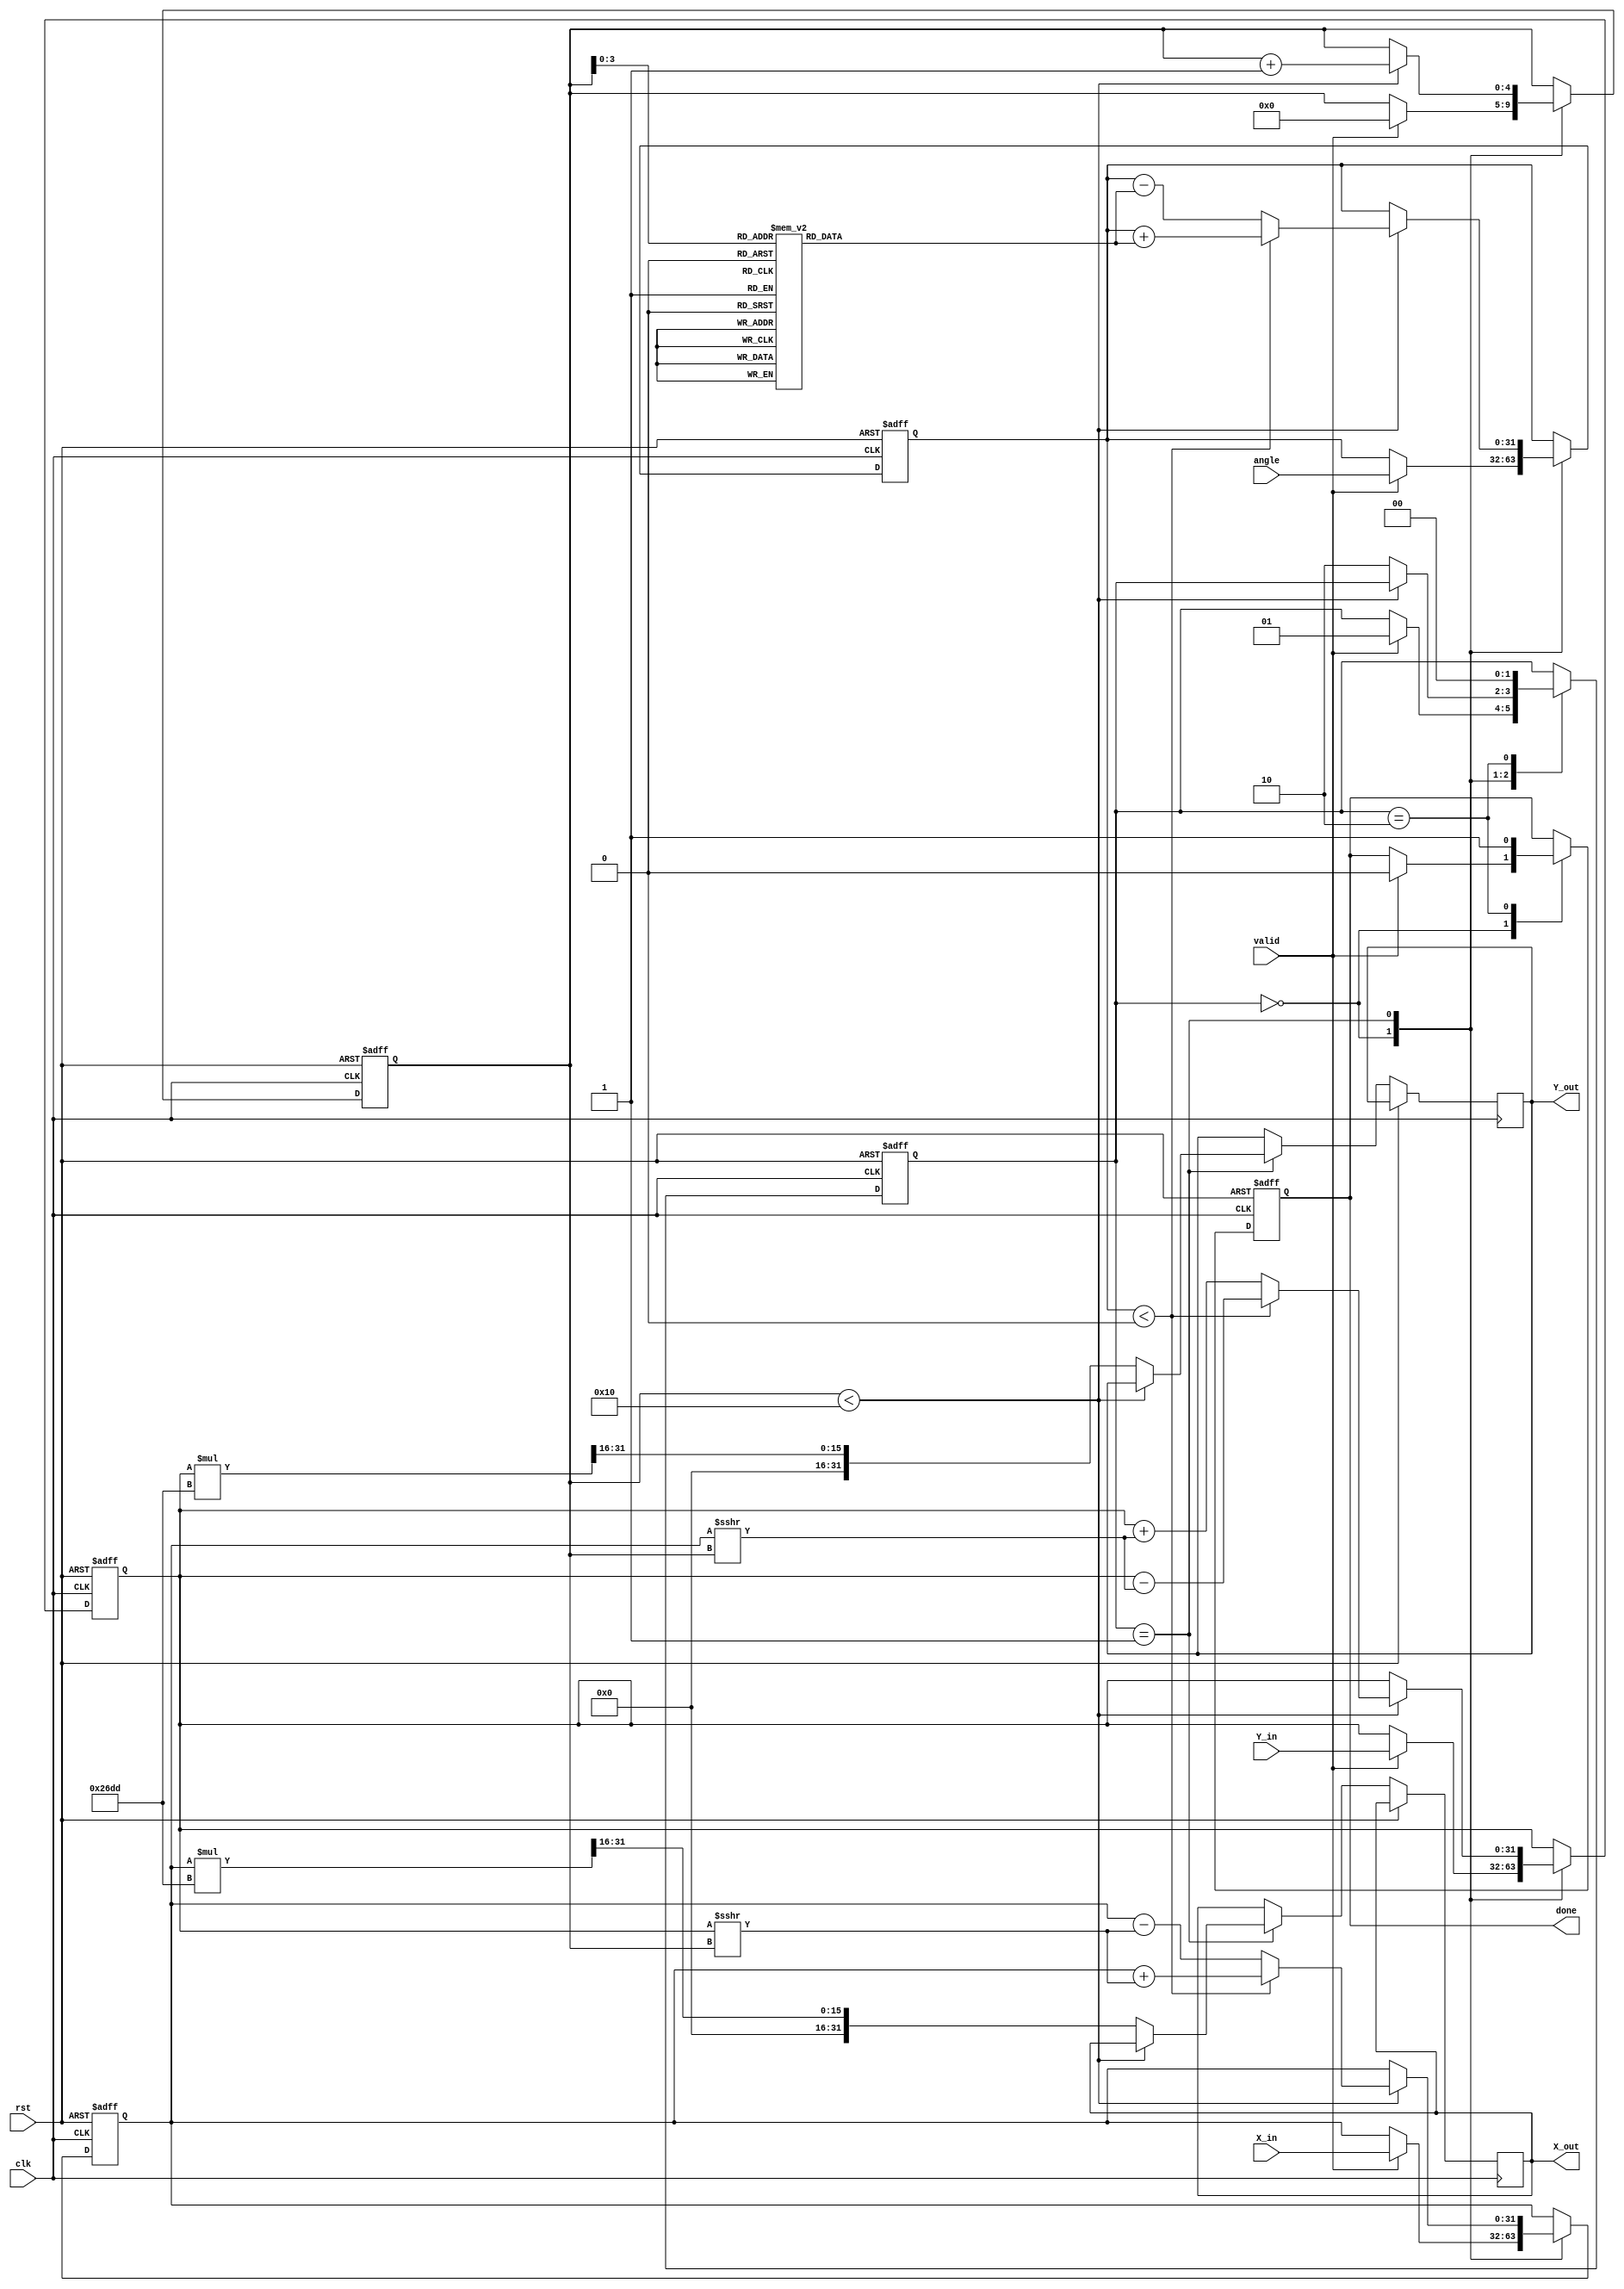
module cordic_fixed_point #(
    parameter N = 16, // Number of iterations
    parameter M = 16, // Integer bits
    parameter F = 16  // Fractional bits
)(
    input wire clk,
    input wire rst,
    input wire valid,
    input wire [M+F-1:0] X_in, // Fixed-point X input
    input wire [M+F-1:0] Y_in, // Fixed-point Y input
    input wire [M+F-1:0] angle, // Fixed-point angle input
    output reg [M+F-1:0] X_out, // Fixed-point X output
    output reg [M+F-1:0] Y_out, // Fixed-point Y output
    output reg done // Indicates completion
);

    // Scaling factor for normalization
    localparam [M+F-1:0] K = 16'h26DD; // Example scaling factor (K = 0.6072 in Q16.16)

    // CORDIC LUT for atan(2^-i)
    reg [M+F-1:0] atan_table [0:N-1];
    initial begin
        // Precompute atan(2^-i) for i = 0 to N-1
        atan_table[0] = 16'h2000; // atan(1) = 45 degrees = pi/4 in Q16.16
        atan_table[1] = 16'h1333; // atan(0.5) = 26.565 degrees
        atan_table[2] = 16'h0A3D; // atan(0.25) = 14.036 degrees
        // Continue filling the table...
        // atan_table[3] = ...
        // ...
    end

    reg [M+F-1:0] X, Y;
    reg [M+F-1:0] angle_reg;
    reg [4:0] i; // Iteration counter
    reg [1:0] state; // State machine
    localparam IDLE = 2'b00, PROCESS = 2'b01, DONE = 2'b10;

    always @(posedge clk or posedge rst) begin
        if (rst) begin
            X <= 0;
            Y <= 0;
            angle_reg <= 0;
            i <= 0;
            state <= IDLE;
            done <= 0;
        end else begin
            case (state)
                IDLE: begin
                    if (valid) begin
                        X <= X_in;
                        Y <= Y_in;
                        angle_reg <= angle;
                        i <= 0;
                        state <= PROCESS;
                        done <= 0;
                    end
                end
                PROCESS: begin
                    if (i < N) begin
                        // Determine rotation direction
                        if (angle_reg < 0) begin
                            // Rotate clockwise
                            X <= X + (Y >>> i);
                            Y <= Y - (X >>> i);
                            angle_reg <= angle_reg + atan_table[i];
                        end else begin
                            // Rotate counter-clockwise
                            X <= X - (Y >>> i);
                            Y <= Y + (X >>> i);
                            angle_reg <= angle_reg - atan_table[i];
                        end
                        i <= i + 1;
                    end else begin
                        // Apply scaling factor
                        X_out <= X * K >>> F; // Scale X
                        Y_out <= Y * K >>> F; // Scale Y
                        state <= DONE;
                    end
                end
                DONE: begin
                    done <= 1; // Indicate completion
                    state <= IDLE; // Reset to IDLE
                end
            endcase
        end
    end
endmodule